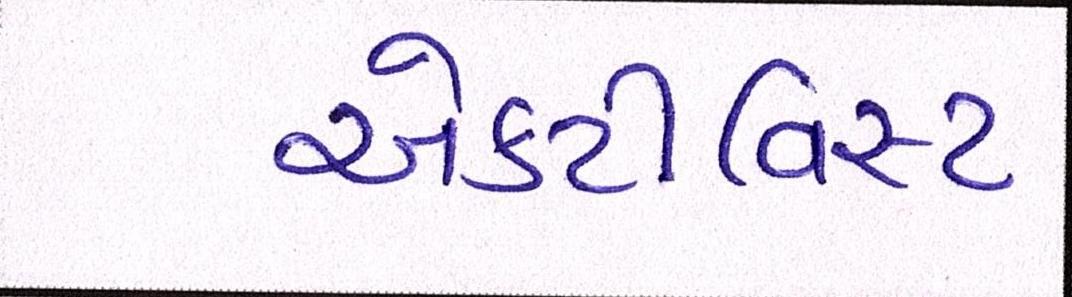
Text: એક્ટીવિસ્ટ